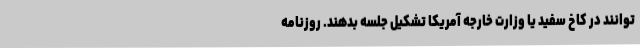
‌توانند در کاخ سفید یا وزارت خارجه آمریکا تشکیل جلسه بدهند. روزنامه